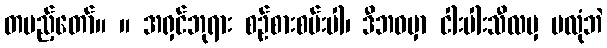
တပည့်တော်။ ။ အရှင်ဘုရား စဉ်စားစမ်းပါ၊ ဒီဘဝမှာ ငါးပါးသီလမှ မလုံဘဲ